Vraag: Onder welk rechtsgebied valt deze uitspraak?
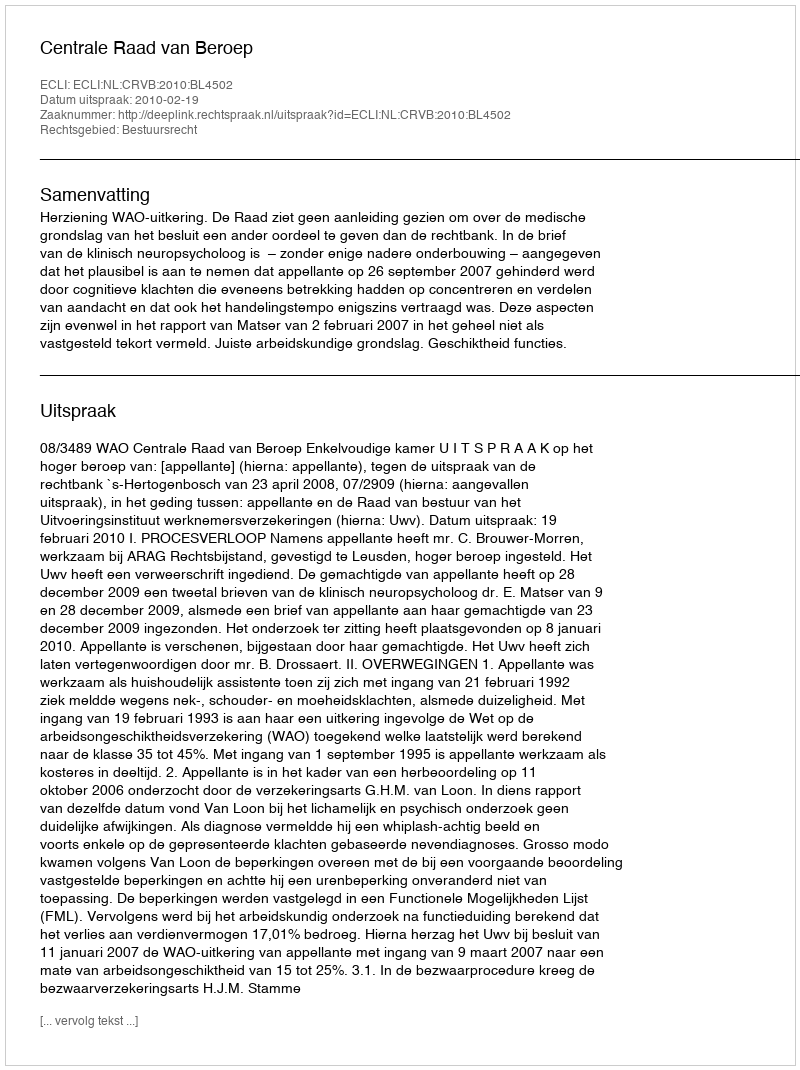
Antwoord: Bestuursrecht